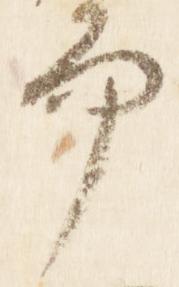
而